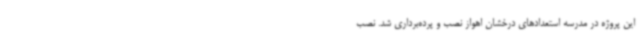
این پروژه در مدرسه استعدادهای درخشان اهواز نصب و پرده‌برداری شد. نصب